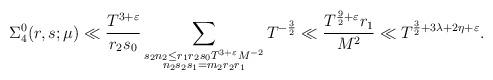
LaTeX: \begin{align*}\Sigma_4^{0}(r, s; \mu) & \ll \frac{T^{3+\varepsilon} }{r_2s_0} \sum_{\substack{ s_2 n_2 \leq r_1r_2s_0 T^{3+\varepsilon}M^{-2} \\ n_2s_2 s_1 = m_2r_2 r_1}} T^{-\frac{3}{2}} \ll \frac{T^{\frac{9}{2}+\varepsilon}r_1}{M^2} \ll T^{\frac{3}{2} + 3\lambda + 2\eta + \varepsilon}. \end{align*}